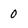
Character: 0